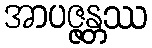
အာပဇ္ဇန္တဿ